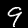
Digit: 9